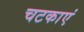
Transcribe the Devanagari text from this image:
चटकाएं